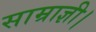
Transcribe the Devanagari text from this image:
साम्राज्ञी।